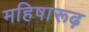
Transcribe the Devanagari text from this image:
महिषारूढ़